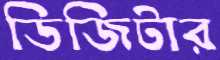
ডিজিটার